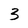
Character: 3